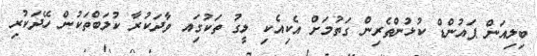
ބިލިއަން ޕައުންޑް ކުޅުންތެރިން ގަތުމަށް އެކިއެކި ލީގު ތަކުގަިއ ވާދަކުރާ ކުލަބްތަކުން ހޭދަކުރި